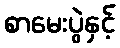
စာမေးပွဲနှင့်